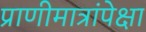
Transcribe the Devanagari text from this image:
प्राणीमात्रांपेक्षा